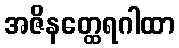
အဇိနတ္ထေရဂါထာ